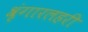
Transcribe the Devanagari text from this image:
श्रृंगारलहरी